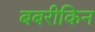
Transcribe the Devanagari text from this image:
बबरीकिन